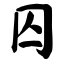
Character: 囚